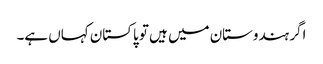
اگر ہندوستان میں ہیں تو پاکستان کہاں ہے۔